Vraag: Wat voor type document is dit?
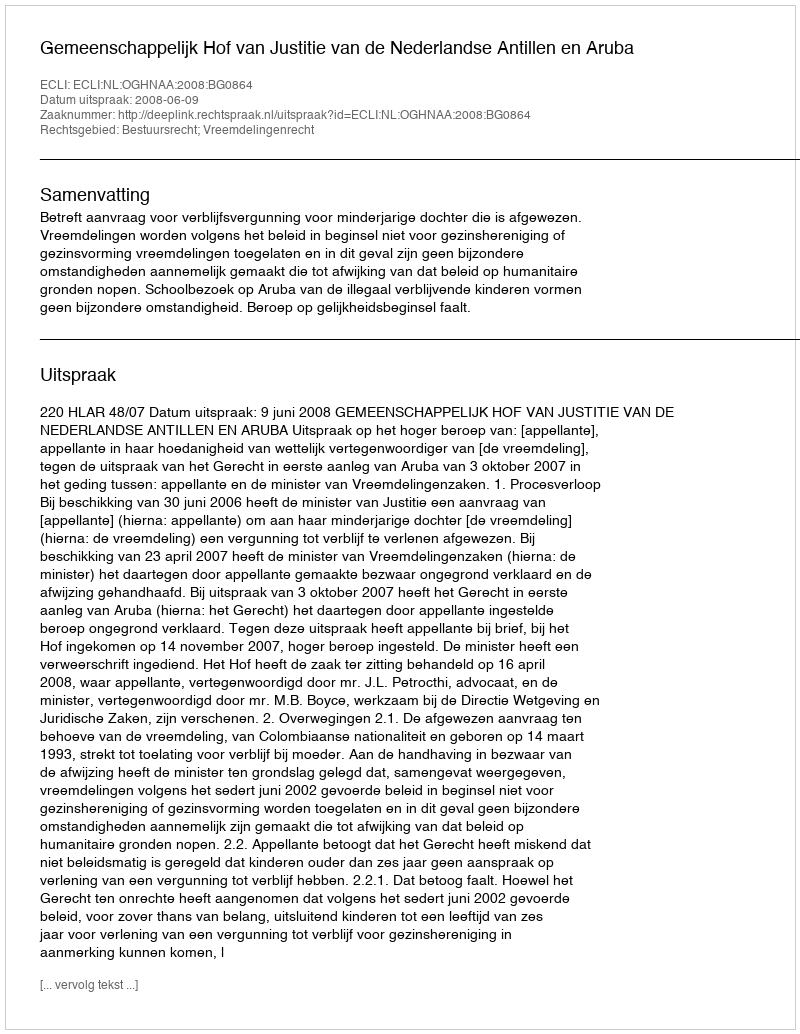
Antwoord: Uitspraak